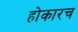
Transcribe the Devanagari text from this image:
होकारच